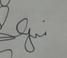
Signature authenticity: genuine